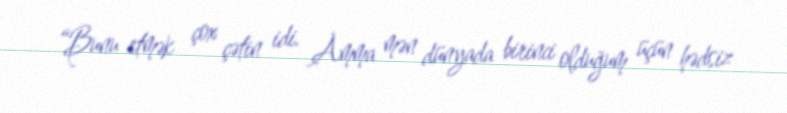
“Bunu etmək çox çətin idi. Amma mən dünyada birinci olduğum üçün hədsiz